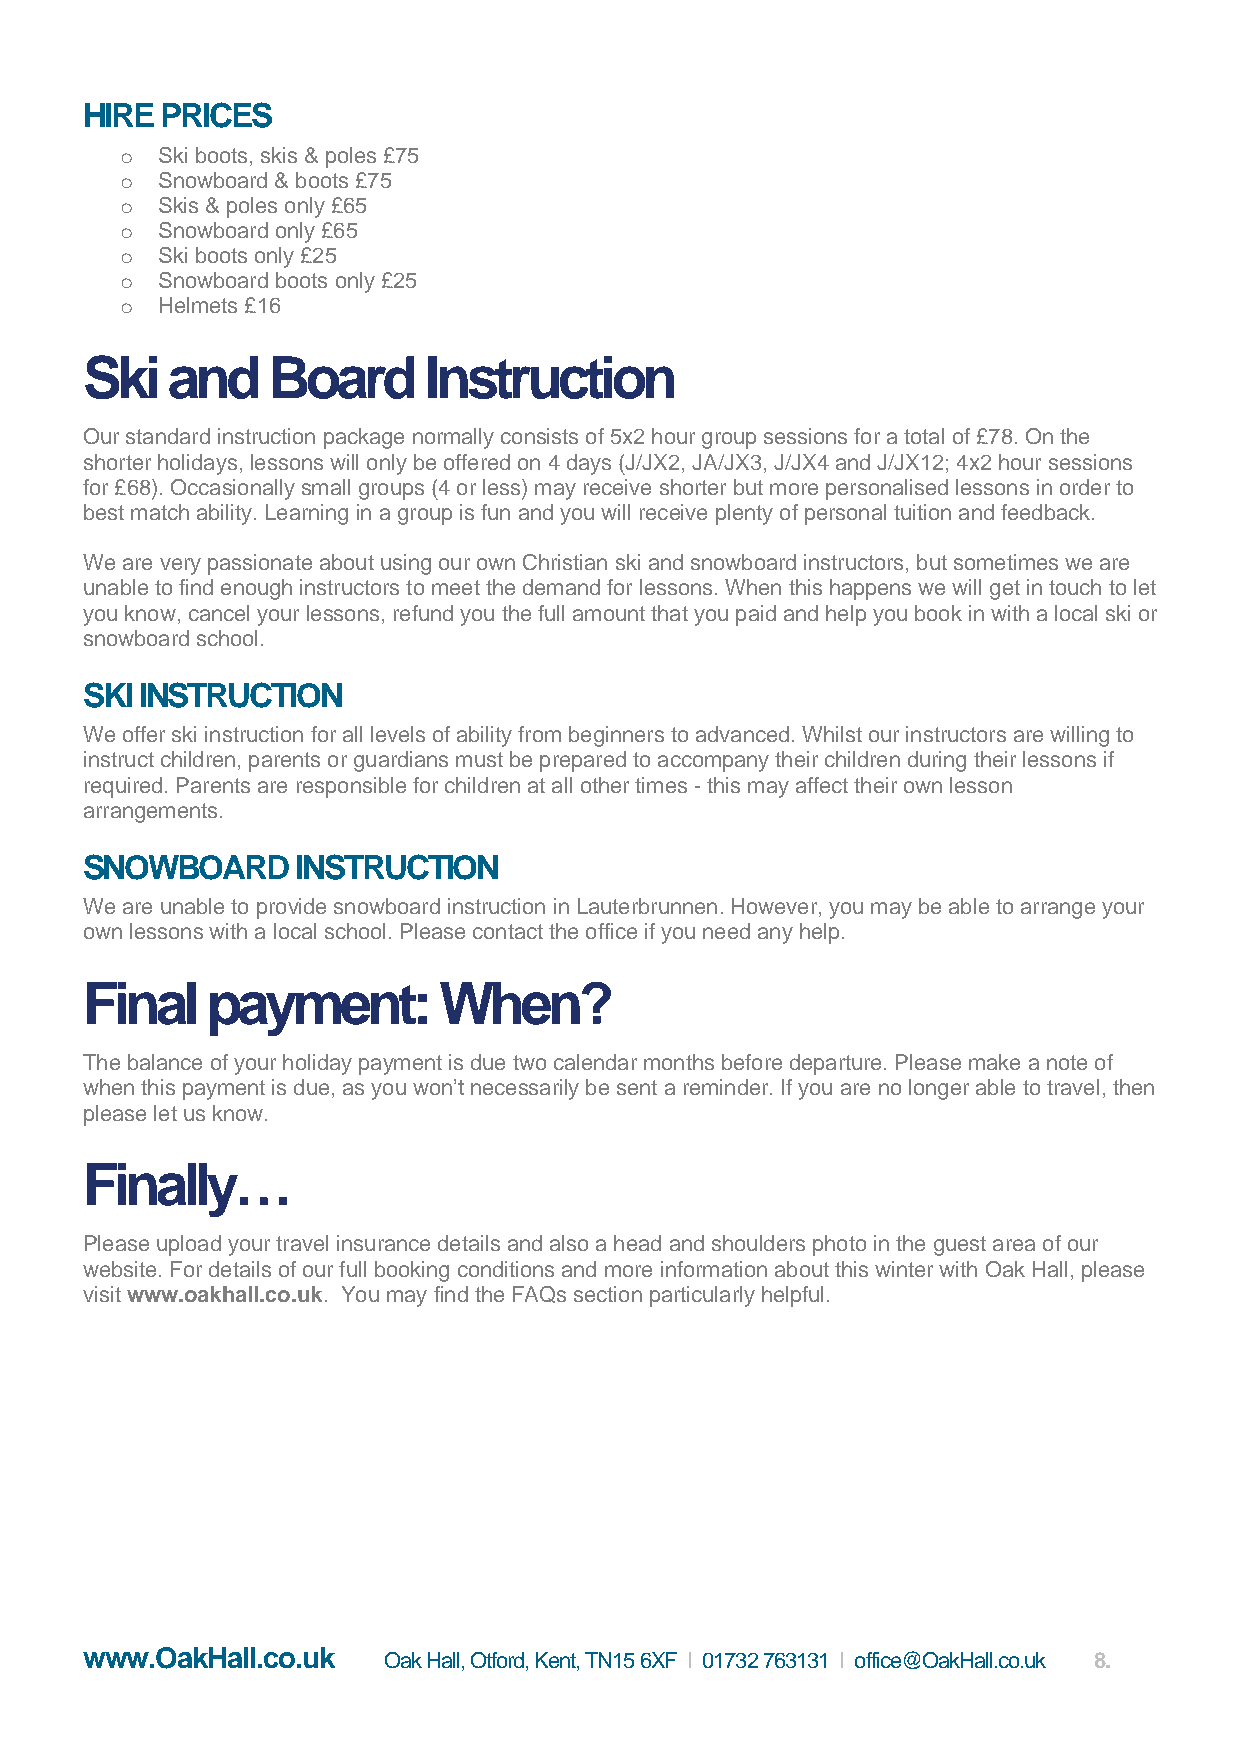
HIRE  PRICES
 o Ski boots, skis & poles £75
 o Snowboard & boots £75
 o Skis & poles only £65
 o Snowboard only £65
 o Ski boots only £25
 o Snowboard boots only £25
 o Helmets £16
 Ski   and    Board     Instruction
 Our standard instruction package normally consists of 5x2 hour group sessions for a total of £78. On the
 shorter holidays, lessons will only be offered on 4 days (J/JX2, JA/JX3, J/JX4 and J/JX12; 4x2 hour sessions
 for £68). Occasionally small groups (4 or less) may receive shorter but more personalised lessons in order to
 best match ability. Learning in a group is fun and you will receive plenty of personal tuition and feedback.
 We are very passionate about using our own Christian ski and snowboard instructors, but sometimes we are
 unable to find enough instructors to meet the demand for lessons. When this happens we will get in touch to let
 you know, cancel your lessons, refund you the full amount that you paid and help you book in with a local ski or
 snowboard school.
 SKI INSTRUCTION
 We offer ski instruction for all levels of ability from beginners to advanced. Whilst our instructors are willing to
 instruct children, parents or guardians must be prepared to accompany their children during their lessons if
 required. Parents are responsible for children at all other times - this may affect their own lesson
 arrangements.
 SNOWBOARD      INSTRUCTION
 We are unable to provide snowboard instruction in Lauterbrunnen. However, you may be able to arrange your
 own lessons with a local school. Please contact the office if you need any help.
 Final    payment:       When?
 The balance of your holiday payment is due two calendar months before departure. Please make a note of
 when this payment is due, as you won’t necessarily be sent a reminder. If you are no longer able to travel, then
 please let us know.
 Finally…
 Please upload your travel insurance details and also a head and shoulders photo in the guest area of our
 website. For details of our full booking conditions and more information about this winter with Oak Hall, please
 visit www.oakhall.co.uk. You may find the FAQs section particularly helpful.
 www.OakHall.co.uk   Oak Hall, Otford, Kent, TN15 6XF I 01732 763131 I office@OakHall.co.uk 8.